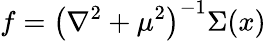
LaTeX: f=\left(\nabla^{2}+\mu^{2}\right)^{-1}\Sigma(x)